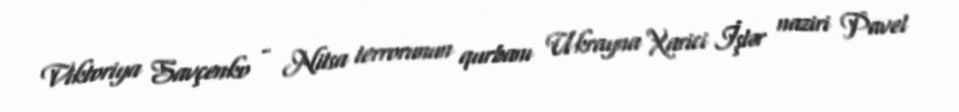
Viktoriya Savçenko - Nitsa terrorunun qurbanı Ukrayna Xarici İşlər naziri Pavel